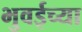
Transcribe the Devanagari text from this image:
भुवईच्या